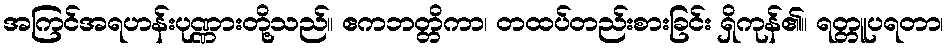
အကြင်အရဟန်းပုဏ္ဏားတို့သည်။ ဧကဘတ္တိကာ၊ တထပ်တည်းစားခြင်း ရှိကုန်၏။ ရတ္တူပရတာ၊